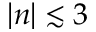
| n | \lesssim 3